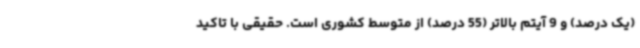
(یک درصد) و 9 آیتم بالاتر (55 درصد) از متوسط کشوری است. حقیقی با تاکید